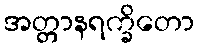
အတ္တာနရက္ခိတော